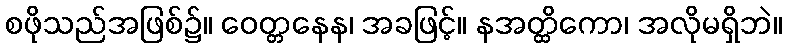
စဖိုသည်အဖြစ်၌။ ဝေတ္တနေန၊ အခဖြင့်။ နအတ္ထိကော၊ အလိုမရှိဘဲ။